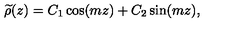
{ \widetilde \rho } ( z ) = C _ { 1 } \cos ( m z ) + C _ { 2 } \sin ( m z ) ,